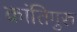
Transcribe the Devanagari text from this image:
क्रांतिगुरु